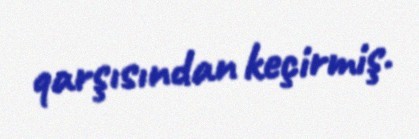
qarşısından keçirmiş.